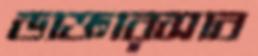
ডাক্তারসাব